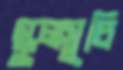
স্কুলসূচি